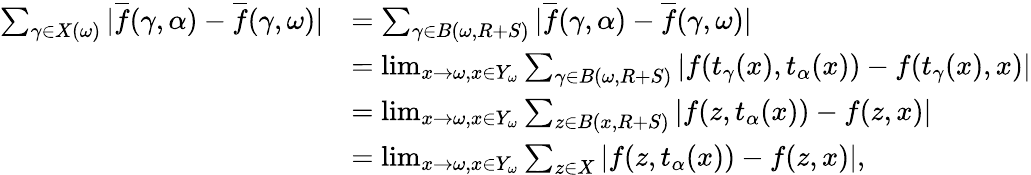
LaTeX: \begin{array}{rl}{\sum_{\gamma\in X(\omega)}|\overline{{f}}(\gamma,\alpha)-\overline{{f}}(\gamma,\omega)|}&{=\sum_{\gamma\in B(\omega,R+S)}|\overline{{f}}(\gamma,\alpha)-\overline{{f}}(\gamma,\omega)|}\\ &{=\operatorname*{lim}_{x\to\omega,x\in Y_{\omega}}\sum_{\gamma\in B(\omega,R+S)}|f(t_{\gamma}(x),t_{\alpha}(x))-f(t_{\gamma}(x),x)|}\\ &{=\operatorname*{lim}_{x\to\omega,x\in Y_{\omega}}\sum_{z\in B(x,R+S)}|f(z,t_{\alpha}(x))-f(z,x)|}\\ &{=\operatorname*{lim}_{x\to\omega,x\in Y_{\omega}}\sum_{z\in X}|f(z,t_{\alpha}(x))-f(z,x)|,}\end{array}